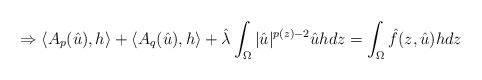
LaTeX: \begin{align*} \Rightarrow \langle A_p(\hat{u}),h\rangle+\langle A_q(\hat{u}),h\rangle+\hat{\lambda}\int_\Omega |\hat{u}|^{p(z)-2}\hat{u}hdz =\int_\Omega \hat{f}(z,\hat{u})hdz\end{align*}